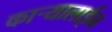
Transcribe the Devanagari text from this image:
कार्‍यालाईन